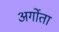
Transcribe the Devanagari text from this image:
अर्गोता